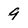
Character: 9